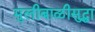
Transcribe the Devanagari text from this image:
मुलीबाळीसुद्धा